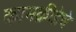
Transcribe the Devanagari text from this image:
कामक्रीडेचे